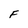
Character: F